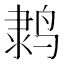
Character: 𬸗